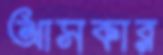
আসকার